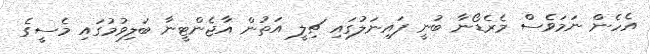
އެހެން ނަމަވެސް މެރެޑޯނާ ބުނީ ފައިނަލުގައި ޗިލީ އަތުން އާޖެންޓީނާ ބަލިވުމުގައި މެސީގެ